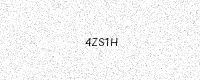
Text: 4ZS1H